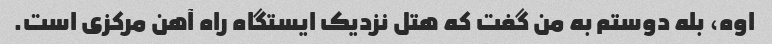
اوه، بله دوستم به من گفت که هتل نزدیک ایستگاه راه آهن مرکزی است.